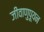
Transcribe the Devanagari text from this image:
जीवाणुपूयन